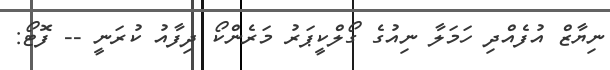
ނިޔާޒް އުފެއްދި ހަމަލާ ނިއުގެ ގޯލްކީޕަރު މަރެންކޯ ދިފާއު ކުރަނީ -- ފޮޓޯ: